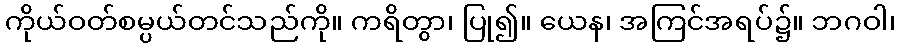
ကိုယ်ဝတ်စမ္ပယ်တင်သည်ကို။ ကရိတွာ၊ ပြု၍။ ယေန၊ အကြင်အရပ်၌။ ဘဂဝါ၊